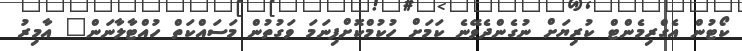
ކޯޓުން އެގްރިމެންޓް ކުރިޔަށް ނުގެންދެވޭނެ ކަމަށް ހުކުމްކޮށްފިނަމަ ވަގުތުން މަސައްކަތް ހުއްޓާލާނަން" އާމިރު